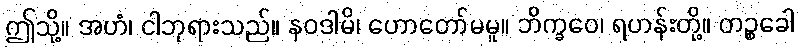
ဤသို့။ အဟံ၊ ငါဘုရားသည်။ နဝဒါမိ၊ ဟောတော်မမူ။ ဘိက္ခဝေ၊ ရဟန်းတို့။ တဉ္စခေါ